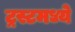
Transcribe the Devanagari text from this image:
ट्रस्टमध्ये